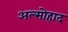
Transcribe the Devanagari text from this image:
अल्मोहाद